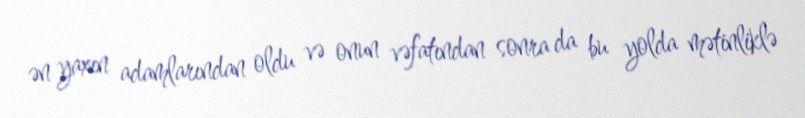
ən yaxın adamlarından oldu və onun vəfatından sonra da bu yolda mətinliklə